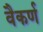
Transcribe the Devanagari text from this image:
वैकर्ण